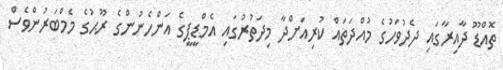
ތޮއްޑޫ ދާއިރާގައި ދެދުވަހުގެ މުއްދަތައް ކުރިއަށްދާ މިދަތުރުގައި އެމްޑީޕީގެ އަންހެނުންގެ ރޫޙުގެ މެމްބަރުންވެސް